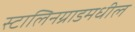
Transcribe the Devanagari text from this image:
स्टालिनग्राडमधील